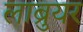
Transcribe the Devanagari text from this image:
लाब्रुयर